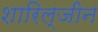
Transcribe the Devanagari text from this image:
शारिल्जीन